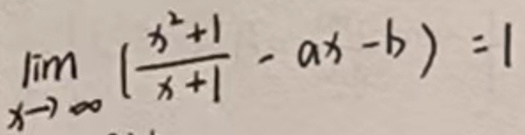
\(\lim_{x \to \infty} (\frac{x^2 + 1}{x + 1}-ax - b)=1\)